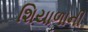
શિયાળાની